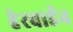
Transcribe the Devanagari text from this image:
हेरवार्डन